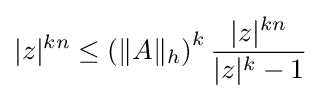
|z|^{kn}\leq \left(\|A\|_{h}\right)^{k}{\frac {|z|^{kn}}{|z|^{k}-1}}